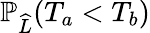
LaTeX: \mathbb{P}_{\widehat{L}}(T_{a}<T_{b})